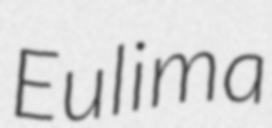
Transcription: Eulima